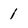
Character: 1